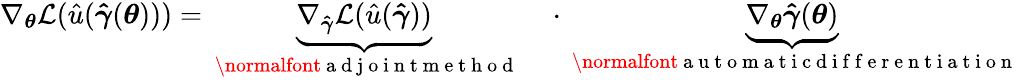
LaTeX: \nabla_{\boldsymbol{\theta}}\mathcal{L}(\hat{u}(\boldsymbol{\hat{\gamma}}(\boldsymbol{\theta})))=\underbrace{\nabla_{\boldsymbol{\hat{\gamma}}}\mathcal{L}(\hat{u}(\boldsymbol{\hat{\gamma}}))}_{\mathrm{~\normalfont~a~d~j~o~i~n~t~m~e~t~h~o~d~}}\quad\cdot\underbrace{\nabla_{\boldsymbol{\theta}}\boldsymbol{\hat{\gamma}}(\boldsymbol{\theta})}_{\mathrm{~\normalfont~a~u~t~o~m~a~t~i~c~d~i~f~f~e~r~e~n~t~i~a~t~i~o~n~}}